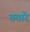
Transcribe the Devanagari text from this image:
तयारे